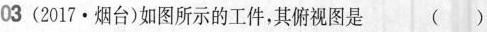
03(2017·烟台)如图所示的工件，其俯视图是 ()